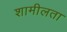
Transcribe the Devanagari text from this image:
शामीलता